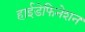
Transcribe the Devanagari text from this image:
हाईडेफिनेशन